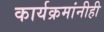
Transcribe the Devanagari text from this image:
कार्यक्रमांनीही